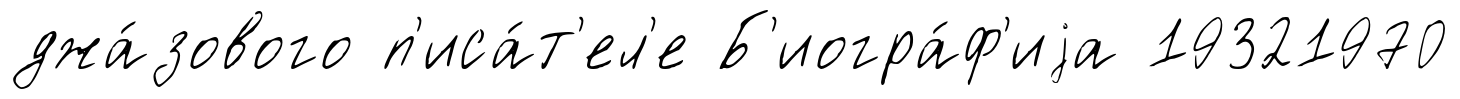
джа́зового п'иса́т'ел'е Б'иогра́ф'иjа 19321970